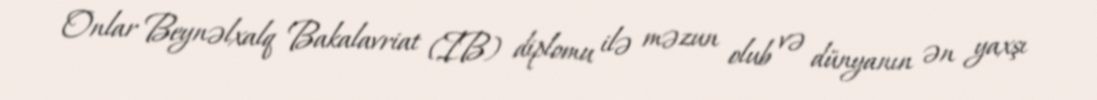
Onlar Beynəlxalq Bakalavriat (IB) diplomu ilə məzun olub və dünyanın ən yaxşı